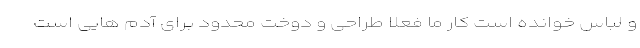
و لباس خوانده است کار ما فعلا طراحی و دوخت محدود برای آدم ‌هایی است